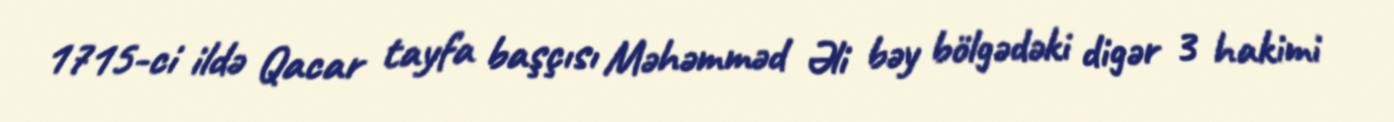
1715-ci ildə Qacar tayfa başçısı Məhəmməd Əli bəy bölgədəki digər 3 hakimi